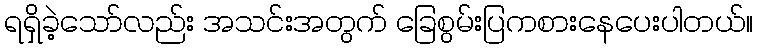
ရရှိခဲ့သော်လည်း အသင်းအတွက် ခြေစွမ်းပြကစားနေပေးပါတယ်။